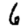
Digit: 6